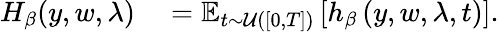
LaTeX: \begin{array}{rl}{H_{\beta}(y,w,\lambda)}&{{}=\operatorname{\mathbb{E}}_{t\sim\mathcal{U}([0,T])}\left[h_{\beta}\left(y,w,\lambda,t\right)\right].}\end{array}